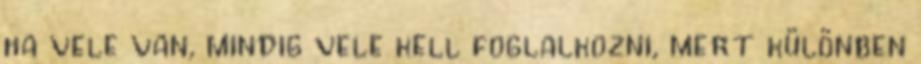
ha vele van, mindig vele kell foglalkozni, mert különben